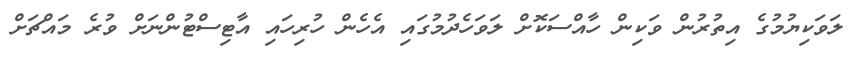
ލަވަކިޔުމުގެ އިތުރުން ވަކިން ހާއްސަކޮށް ލަވަހެދުމުގައި އެހެން ހުރިހައި އާޓިސްޓުންނަށް ވުރެ މައްޗަށް